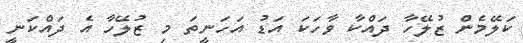
ކަލޭމެން ޒުލޭހާ ދައްކާ ވާހަކަ އަޑު އަހަނީތަ މި ޒުލޭހާ އެ ދައްކަނީ